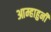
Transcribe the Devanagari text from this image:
आम्हाहुनी